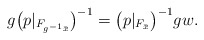
\begin{align*} g \big( p|_{F_{g^{-1} \bar{x}}}\big)^{-1} = \big( p|_{F_{\bar{x}}} \big)^{-1} g w.\end{align*}